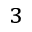
_ 3